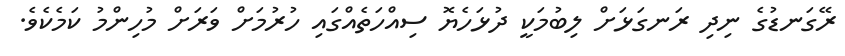
ރޭގަނޑުގެ ނިދި ރަނގަޅަށް ލިބުމަކީ ދުޅަހެޔޮ ސިއްހަތެއްގައި ހުރުމަށް ވަރަށް މުހިންމު ކަމެކެވެ.